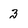
Character: 3